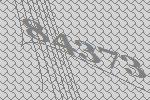
84373